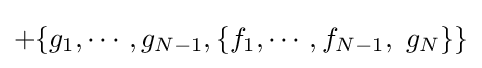
+\{g_{1},\cdots ,g_{N-1},\{f_{1},\cdots ,f_{N-1},~g_{N}\}\}